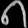
Digit: ၈